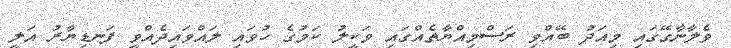
ވެލާނާގޭގައި މިއަދު ބޭއްވި ރަސްމިއްޔާތެއްގައި ވަކީލު ކަމުގެ ހުވައި ލައްވައިދެއްވީ ފަނޑިޔާރު އަލީ